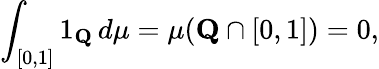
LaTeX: \int_{[0,1]}1_{\mathbf{Q}}\, d\mu=\mu(\mathbf{Q}\cap[0,1])=0,